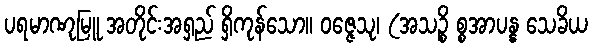
ပရမာဏုမြူ အတိုင်းအရှည် ရှိကုန်သော။ ဝဇ္ဇေသု၊ (အသဉ္စိ စ္စအာပန္န သေခိယ